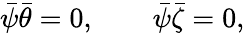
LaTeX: \bar{\psi}\bar{\theta}=0,\qquad\bar{\psi}\bar{\zeta}=0,